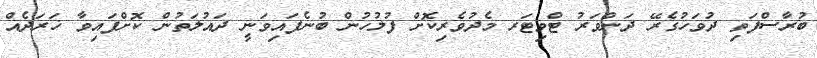
ބުރާސްފަތި ދުވަހުގެރޭ ދަންވަރު ޓްވިޓަރ މެދުވެރިކޮށް ފުލުހުން ބުނެފައިވަނީ ދައުލަތުން ކޮށްފައިވާ ޚަރަދެއް